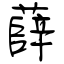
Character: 薛